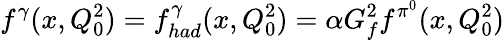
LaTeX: f^{\gamma}(x,Q_{0}^{2})=f_{had}^{\gamma}(x,Q_{0}^{2})=\alpha G_{f}^{2}f^{\pi^{0}}(x,Q_{0}^{2})